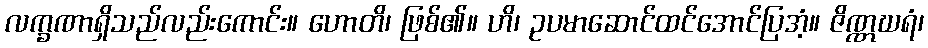
လက္ခဏာရှိသည်လည်းကောင်း။ ဟောတိ၊ ဖြစ်၏။ ဟိ၊ ဥပမာဆောင်ထင်အောင်ပြအံ့။ ဇိဏ္ဏဃရံ၊